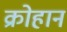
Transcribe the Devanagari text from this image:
क्रोहान